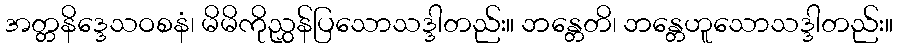
အတ္တနိဒ္ဒေသဝစနံ၊ မိမိကိုညွှန်ပြသောသဒ္ဒါတည်း။ ဘန္တေတိ၊ ဘန္တေဟူသောသဒ္ဒါတည်း။